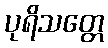
ပုရိသတ္တေ